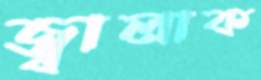
জ্বালাক